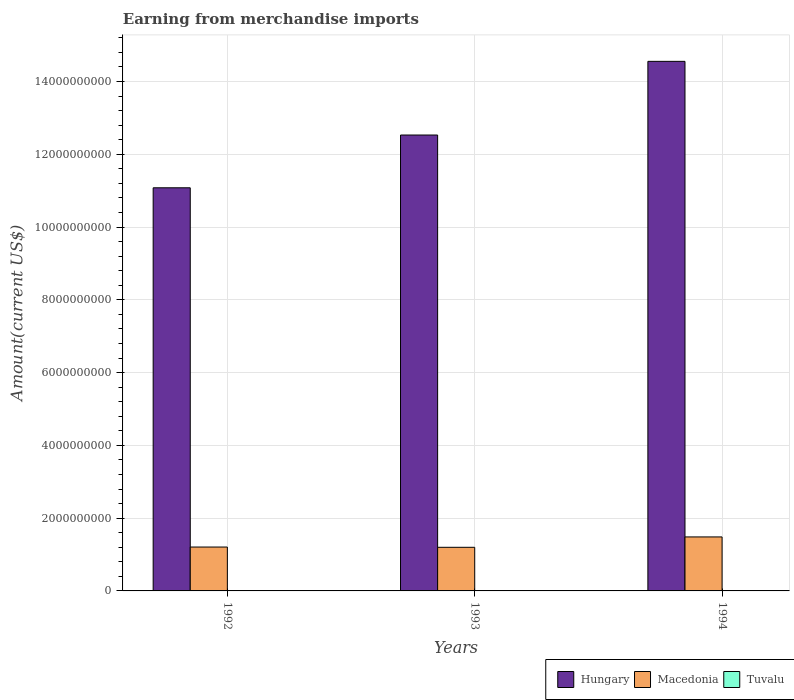
| Years | Hungary | Macedonia | Tuvalu |
 | --- | --- | --- | --- |
 | 1992 | 1.11e+10 | 1.21e+09 | 5e+06 |
 | 1993 | 1.25e+10 | 1.2e+09 | 6.64e+06 |
 | 1994 | 1.46e+10 | 1.48e+09 | 7.98e+06 |